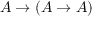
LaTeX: A \to ( A \to A )